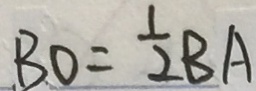
B O = \frac { 1 } { 2 } B A